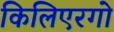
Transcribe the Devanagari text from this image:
किलिएरगो